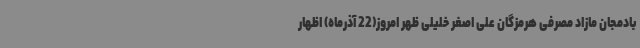
بادمجان مازاد مصرفی هرمزگان علی اصغر خلیلی ظهر امروز(22 آذرماه) اظهار